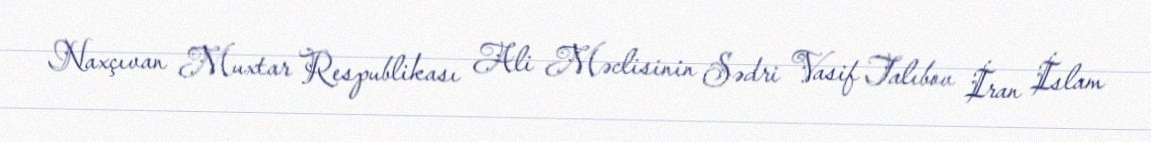
Naxçıvan Muxtar Respublikası Ali Məclisinin Sədri Vasif Talıbov İran İslam